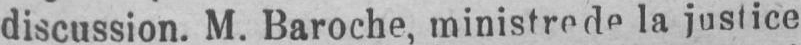
discussion. M. Baroche, ministre de la justice